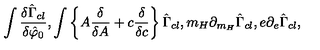
\int \frac { \delta \hat { \Gamma } _ { c l } } { \delta \hat { \varphi } _ { 0 } } , \int \left\{ A \frac { \delta } { \delta A } + c \frac { \delta } { \delta c } \right\} \hat { \Gamma } _ { c l } , m _ { H } \partial _ { m _ { H } } \hat { \Gamma } _ { c l } , e \partial _ { e } \hat { \Gamma } _ { c l } ,